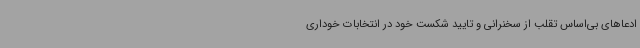
ادعاهای بی‌اساس تقلب از سخنرانی و تایید شکست خود در انتخابات خوداری